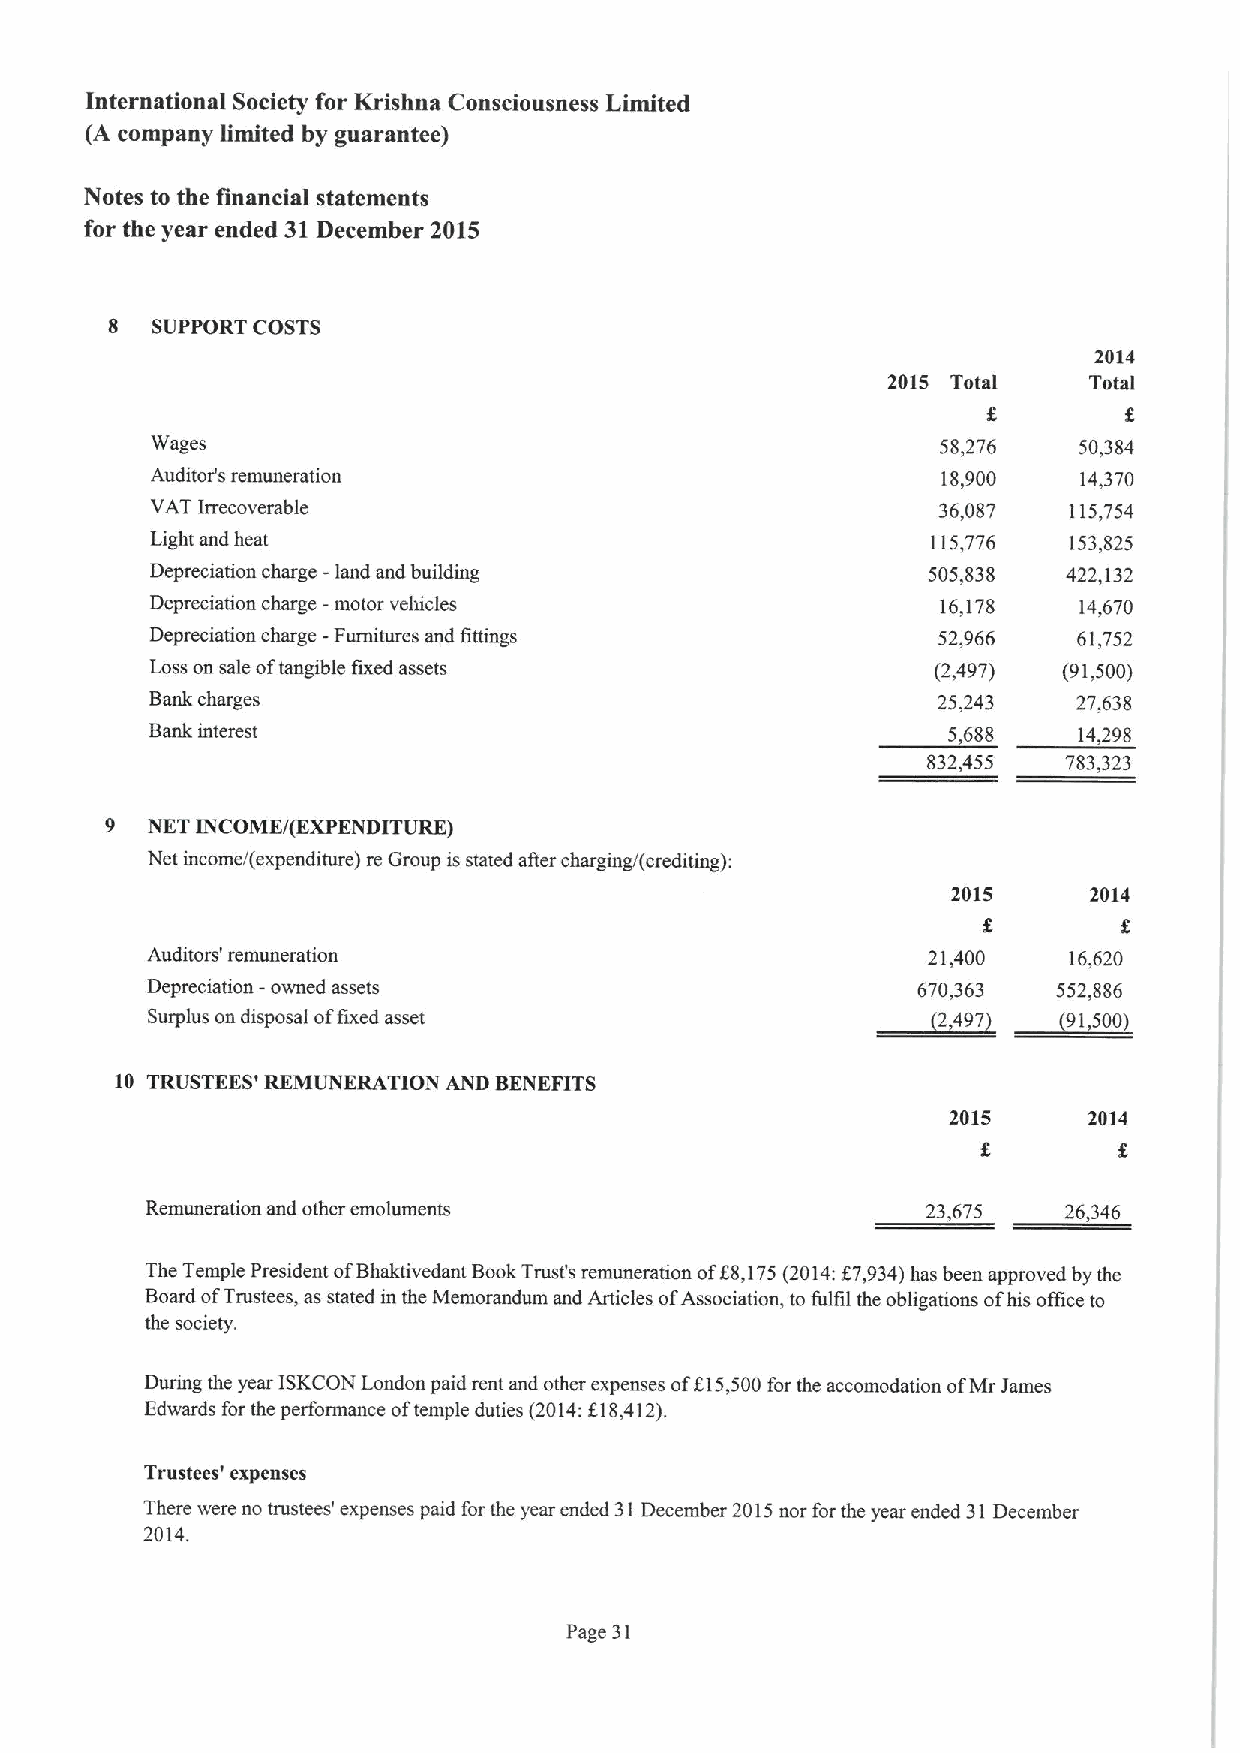
International Society for Krishna Consciousness Limited
 (A company limited by guarantee)
 Notes to the financial statements
 for the year ended 31December 2015
 8  SUPPORT COSTS
 2014
 2015 Total   Total
 Wages                                               58,276   50,384
 Auditor's remuneration                              18,900    14,370
 VAT Irrecoverable                                   36,087   115,754
 Light and heat                                      115,776  153,825
 Depreciation charge - land and building            505,838   422,132
 Depreciation charge - motor velucles                16,178   14,670
 Depreciation charge —Fumitures and fittings         52,966   61,752
 Loss on sale oftangible fixed assets                (2,497) (91,500)
 Bank charges                                        25,243   27,638
 Bank interest                                        5,688   14,298
 832,455   783,323
 9  NKT INCOME/(EXPENDITURE)
 Net income/(expenditure) re Group is stated after charging/(crediting):
 2015     2014
 Auditors' remuneration                             21,400    16,620
 -
 Depreciation owned assets                       ~2670.,363  552,886
 ~91,
 Surplus on disposal offixed asset                    497)     700)
 10 TRUSTEES' REMUNERATION AND BENEFITS
 2015     2014
 Remuneration and other emoluments                  23,675   26,346
 The Temple President ofBhaktivedant BookTrust's remuneration ofi8,175(2014:f 7,934)has been approved by the
 Board ofTrustees, as stated in the Memorandum and Articles ofAssociation, to fulfil the obligations ofhis office to
 the society.
 During the year ISKCON London paid rent and other expenses of515,500for the accomodation ofMr James
 Edwards for the performance oftemple duties (2014:518,412).
 Trustees' expenses
 There were no trustees' expenses paid forthe year ended 31December 2015nor for the year ended 31December
 2014.
 Page 31